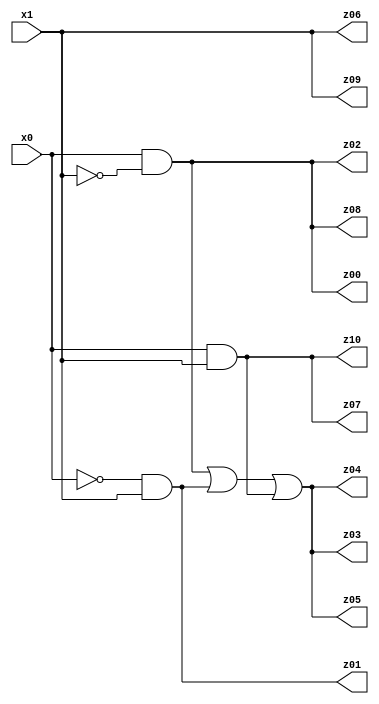
// Benchmark "X_34" written by ABC on Sat Jun 03 19:21:54 2023

module X_34 ( 
    x0, x1,
    z00, z01, z02, z03, z04, z05, z06, z07, z08, z09, z10  );
  input  x0, x1;
  output z00, z01, z02, z03, z04, z05, z06, z07, z08, z09, z10;
  assign z00 = x0 & ~x1;
  assign z01 = ~x0 & x1;
  assign z02 = x0 & ~x1;
  assign z03 = (x0 & ~x1) | (~x0 & x1) | (x0 & x1);
  assign z04 = (x0 & ~x1) | (~x0 & x1) | (x0 & x1);
  assign z05 = (x0 & ~x1) | (~x0 & x1) | (x0 & x1);
  assign z06 = x0 ? x1 : x1;
  assign z07 = x0 & x1;
  assign z08 = x0 & ~x1;
  assign z09 = x0 ? x1 : x1;
  assign z10 = x0 & x1;
endmodule